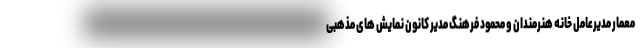
معمار مدیرعامل خانه هنرمندان و محمود فرهنگ مدیر کانون نمایش های مذهبی